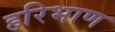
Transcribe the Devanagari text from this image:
हरिभाण